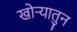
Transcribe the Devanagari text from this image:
खोऱ्यातुन